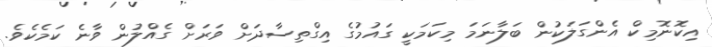
އިކޮނޮމިކް އެންގަލަކުން ބަލާނަމަ މިކަމަކީ ގައުމުގެ އިގްތިސާދަށް ވަރަށް ގެއްލުން ވާނެ ކަމެކެވެ.